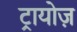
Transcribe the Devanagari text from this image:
ट्रायोज़